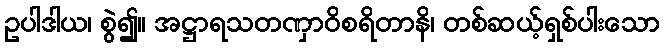
ဥပါဒါယ၊ စွဲ၍။ အဋ္ဌာရသတဏှာဝိစရိတာနိ၊ တစ်ဆယ့်ရှစ်ပါးသော